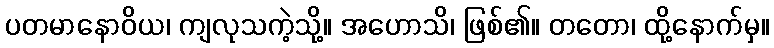
ပတမာနောဝိယ၊ ကျလုသကဲ့သို့။ အဟောသိ၊ ဖြစ်၏။ တတော၊ ထို့နောက်မှ။